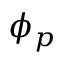
\phi _ { p }